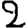
Digit: 2